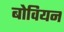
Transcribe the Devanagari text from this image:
बोवियन